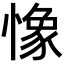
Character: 𢠽